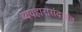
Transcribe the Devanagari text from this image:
व्यवहारासंदर्भात